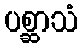
ပစ္ဆာသံ